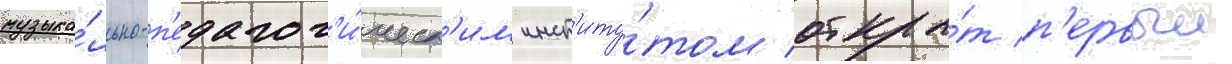
музыка́льно-п'едагог'и́ческ'им инст'иту́том откры́т п'ервыи